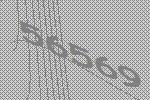
56569